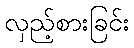
လှည့်စားခြင်း